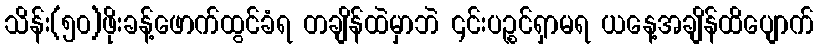
သိန်း(၅၀)ဖိုးခန့်ဖောက်ထွင်ခံရ တချိန်ထဲမှာဘဲ ၎င်းပဉ္စင်ရှာမရ ယနေ့အချိန်ထိပျောက်